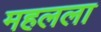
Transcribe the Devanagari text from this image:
महलला